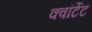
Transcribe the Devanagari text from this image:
क्वॉर्टेट